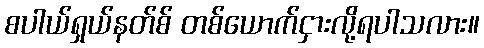
စပါယ်ရှယ်နတ်စ် တစ်ယောက်ငှားလို့ရပါသလား။